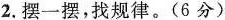
2.摆一摆，找规律。(6分)